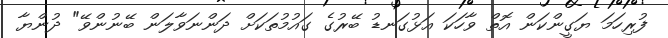
ފުރިހަމަ ޔަގީންކަން އޮތް ވާހަކަ އަޅުގަނޑު ބޭރުގެ ގައުމުތަކަށް ދަންނަވާލަން ބޭނުންވޭ" ދުންޔާ